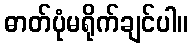
ဓာတ်ပုံမရိုက်ချင်ပါ။